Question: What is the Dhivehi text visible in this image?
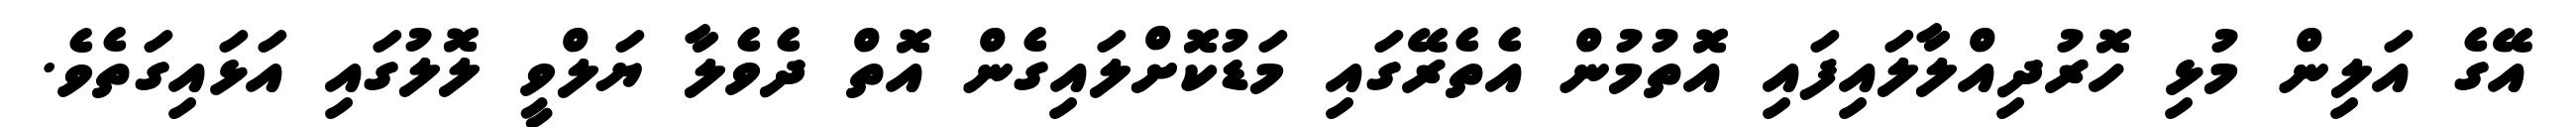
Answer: އޭގެ އަލިން މުޅި ހޮރުދިއްލާލައިފައި އޮތުމުން އެތެރޭގައި މަޑުކޮށްލައިގެން އޮތް ދެވެލާ ޔަލްވީ ލޮލުގައި އަޅައިގަތެވެ.